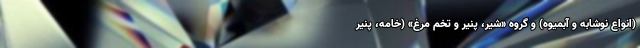
(انواع نوشابه و آبمیوه) و گروه «شیر، پنیر و تخم مرغ» (خامه، پنیر